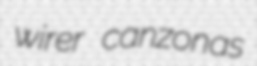
wirer canzonas